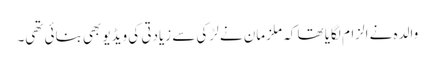
والدہ نے الزام لگایا تھا کہ ملزمان نے لڑکی سے زیادتی کی ویڈیو بھی بنائی تھی۔